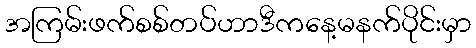
အကြမ်းဖက်စစ်တပ်ဟာဒီကနေ့မနက်ပိုင်းမှာ